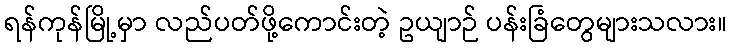
ရန်ကုန်မြို့မှာ လည်ပတ်ဖို့ကောင်းတဲ့ ဥယျာဉ် ပန်းခြံတွေများသလား။